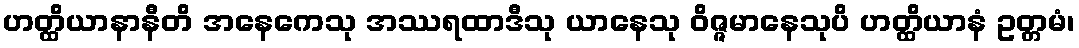
ဟတ္ထိယာနာနီတိ အနေကေသု အဿရထာဒီသု ယာနေသု ဝိဇ္ဇမာနေသုပိ ဟတ္ထိယာနံ ဥတ္တမံ၊